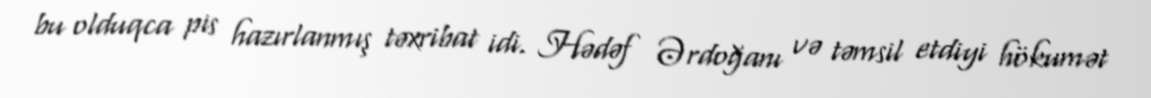
bu olduqca pis hazırlanmış təxribat idi. Hədəf Ərdoğanı və təmsil etdiyi hökumət